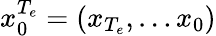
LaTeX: x_{0}^{T_{e}}=(x_{T_{e}},\dots x_{0})